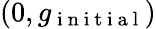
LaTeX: (0,g_{\mathrm{~i~n~i~t~i~a~l~}})